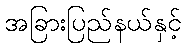
အခြားပြည်နယ်နှင့်